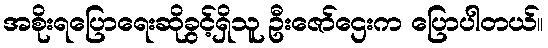
အစိုးရပြောရေးဆိုခွင့်ရှိသူ ဦးဇော်ဌေးက ပြောပါတယ်။